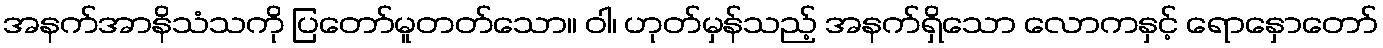
အနက်အာနိသံသကို ပြတော်မူတတ်သော။ ဝါ၊ ဟုတ်မှန်သည့် အနက်ရှိသော လောကနှင့် ရောနှောတော်